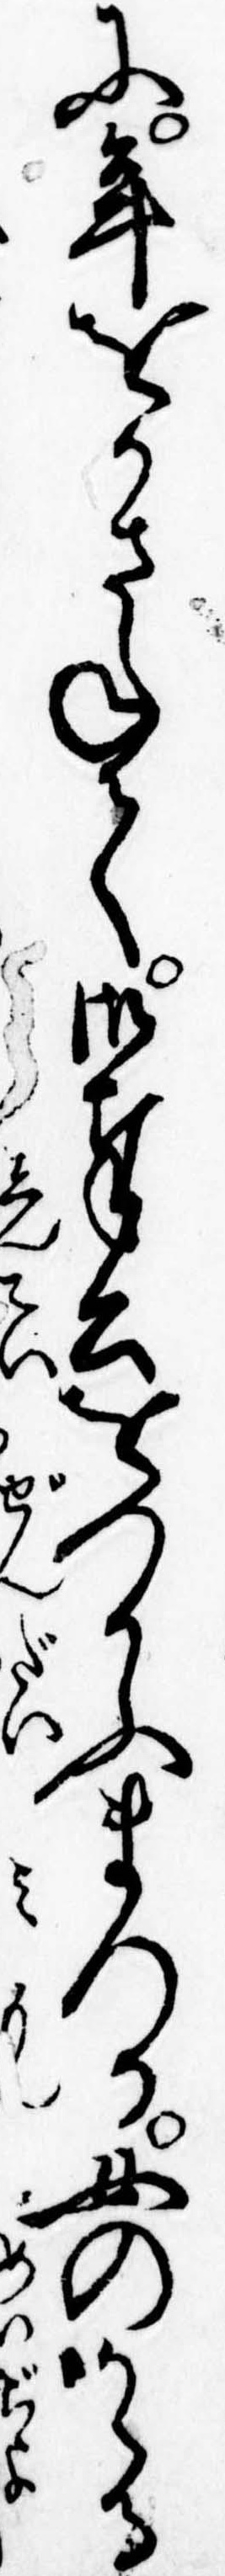
に年をかさねて御奉公をつかふまつる女のかゝる